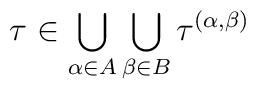
\tau \in\bigcup_{\alpha \in A}                                                              \bigcup_{\beta\in B}\tau^{(\alpha, \beta)}